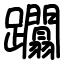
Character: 躢